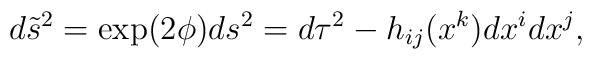
d\tilde{s}^{2} = \exp(2\phi)ds^{2} = d\tau^{2} -h_{ij}(x^{k})dx^{i}dx^{j},